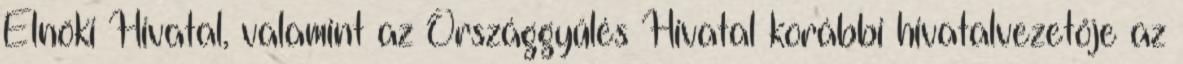
Elnöki Hivatal, valamint az Országgyűlés Hivatal korábbi hivatalvezetője az